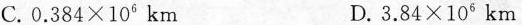
C.$$0 . 3 8 4 × 1 0 ^ { 6 } k m$$ D.$$3 . 8 4 × 1 0 ^ { 6 } k m$$